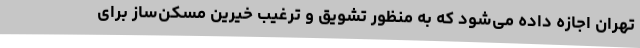
تهران اجازه داده می‌شود که به منظور تشویق و ترغیب خیرین مسکن‌ساز برای